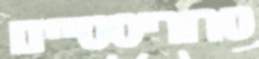
טרוריסטיים